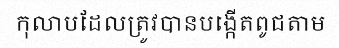
កុលាបដែលត្រូវបានបង្កើតពូជតាម